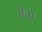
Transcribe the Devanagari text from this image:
ऐत्तो